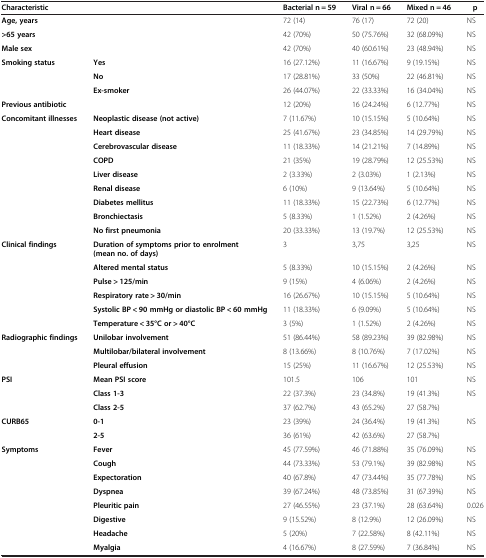
<table><thead><tr><td><b>Characteristic</b></td><td><b> </b></td><td><b>Bacterial n = 59</b></td><td><b>Viral n = 66</b></td><td><b>Mixed n = 46</b></td><td><b>p</b></td></tr></thead><tbody><tr><td><b>Age, years</b></td><td> </td><td>72 (14)</td><td>76 (17)</td><td>72 (20)</td><td>NS</td></tr><tr><td><b>&gt;65 years</b></td><td> </td><td>42 (70%)</td><td>50 (75.76%)</td><td>32 (68.09%)</td><td>NS</td></tr><tr><td><b>Male sex</b></td><td> </td><td>42 (70%)</td><td>40 (60.61%)</td><td>23 (48.94%)</td><td>NS</td></tr><tr><td><b>Smoking status</b></td><td><b>Yes</b></td><td>16 (27.12%)</td><td>11 (16.67%)</td><td>9 (19.15%)</td><td>NS</td></tr><tr><td> </td><td><b>No</b></td><td>17 (28.81%)</td><td>33 (50%)</td><td>22 (46.81%)</td><td>NS</td></tr><tr><td> </td><td><b>Ex-smoker</b></td><td>26 (44.07%)</td><td>22 (33.33%)</td><td>16 (34.04%)</td><td>NS</td></tr><tr><td><b>Previous antibiotic</b></td><td> </td><td>12 (20%)</td><td>16 (24.24%)</td><td>6 (12.77%)</td><td>NS</td></tr><tr><td><b>Concomitant illnesses</b></td><td><b>Neoplastic disease (not active)</b></td><td>7 (11.67%)</td><td>10 (15.15%)</td><td>5 (10.64%)</td><td>NS</td></tr><tr><td> </td><td><b>Heart disease</b></td><td>25 (41.67%)</td><td>23 (34.85%)</td><td>14 (29.79%)</td><td>NS</td></tr><tr><td> </td><td><b>Cerebrovascular disease</b></td><td>11 (18.33%)</td><td>14 (21.21%)</td><td>7 (14.89%)</td><td>NS</td></tr><tr><td> </td><td><b>COPD</b></td><td>21 (35%)</td><td>19 (28.79%)</td><td>12 (25.53%)</td><td>NS</td></tr><tr><td> </td><td><b>Liver disease</b></td><td>2 (3.33%)</td><td>2 (3.03%)</td><td>1 (2.13%)</td><td>NS</td></tr><tr><td> </td><td><b>Renal disease</b></td><td>6 (10%)</td><td>9 (13.64%)</td><td>5 (10.64%)</td><td>NS</td></tr><tr><td> </td><td><b>Diabetes mellitus</b></td><td>11 (18.33%)</td><td>15 (22.73%)</td><td>6 (12.77%)</td><td>NS</td></tr><tr><td> </td><td><b>Bronchiectasis</b></td><td>5 (8.33%)</td><td>1 (1.52%)</td><td>2 (4.26%)</td><td>NS</td></tr><tr><td> </td><td><b>No first pneumonia</b></td><td>20 (33.33%)</td><td>13 (19.7%)</td><td>12 (25.53%)</td><td>NS</td></tr><tr><td><b>Clinical findings</b></td><td><b>Duration of symptoms prior to enrolment (mean no. of days)</b></td><td>3</td><td>3,75</td><td>3,25</td><td>NS</td></tr><tr><td> </td><td><b>Altered mental status</b></td><td>5 (8.33%)</td><td>10 (15.15%)</td><td>2 (4.26%)</td><td>NS</td></tr><tr><td> </td><td><b>Pulse &gt; 125/min</b></td><td>9 (15%)</td><td>4 (6.06%)</td><td>2 (4.26%)</td><td>NS</td></tr><tr><td> </td><td><b>Respiratory rate &gt; 30/min</b></td><td>16 (26.67%)</td><td>10 (15.15%)</td><td>5 (10.64%)</td><td>NS</td></tr><tr><td> </td><td><b>Systolic BP &lt; 90 mmHg or diastolic BP &lt; 60 mmHg</b></td><td>11 (18.33%)</td><td>6 (9.09%)</td><td>5 (10.64%)</td><td>NS</td></tr><tr><td> </td><td><b>Temperature &lt; 35°C or &gt; 40°C</b></td><td>3 (5%)</td><td>1 (1.52%)</td><td>2 (4.26%)</td><td>NS</td></tr><tr><td><b>Radiographic findings</b></td><td><b>Unilobar involvement</b></td><td>51 (86.44%)</td><td>58 (89.23%)</td><td>39 (82.98%)</td><td>NS</td></tr><tr><td> </td><td><b>Multilobar/bilateral involvement</b></td><td>8 (13.66%)</td><td>8 (10.76%)</td><td>7 (17.02%)</td><td>NS</td></tr><tr><td> </td><td><b>Pleural effusion</b></td><td>15 (25%)</td><td>11 (16.67%)</td><td>12 (25.53%)</td><td>NS</td></tr><tr><td><b>PSI</b></td><td><b>Mean PSI score</b></td><td>101.5</td><td>106</td><td>101</td><td>NS</td></tr><tr><td> </td><td><b>Class 1-3</b></td><td>22 (37.3%)</td><td>23 (34.8%)</td><td>19 (41.3%)</td><td>NS</td></tr><tr><td> </td><td><b>Class 2-5</b></td><td>37 (62.7%)</td><td>43 (65.2%)</td><td>27 (58.7%)</td><td> </td></tr><tr><td><b>CURB65</b></td><td><b>0-1</b></td><td>23 (39%)</td><td>24 (36.4%)</td><td>19 (41.3%)</td><td>NS</td></tr><tr><td> </td><td><b>2-5</b></td><td>36 (61%)</td><td>42 (63.6%)</td><td>27 (58.7%)</td><td> </td></tr><tr><td><b>Symptoms</b></td><td><b>Fever</b></td><td>45 (77.59%)</td><td>46 (71.88%)</td><td>35 (76.09%)</td><td>NS</td></tr><tr><td> </td><td><b>Cough</b></td><td>44 (73.33%)</td><td>53 (79.1%)</td><td>39 (82.98%)</td><td>NS</td></tr><tr><td> </td><td><b>Expectoration</b></td><td>40 (67.8%)</td><td>47 (73.44%)</td><td>35 (77.78%)</td><td>NS</td></tr><tr><td> </td><td><b>Dyspnea</b></td><td>39 (67.24%)</td><td>48 (73.85%)</td><td>31 (67.39%)</td><td>NS</td></tr><tr><td> </td><td><b>Pleuritic pain</b></td><td>27 (46.55%)</td><td>23 (37.1%)</td><td>28 (63.64%)</td><td>0.026</td></tr><tr><td> </td><td><b>Digestive</b></td><td>9 (15.52%)</td><td>8 (12.9%)</td><td>12 (26.09%)</td><td>NS</td></tr><tr><td> </td><td><b>Headache</b></td><td>5 (20%)</td><td>7 (22.58%)</td><td>8 (42.11%)</td><td>NS</td></tr><tr><td> </td><td><b>Myalgia</b></td><td>4 (16.67%)</td><td>8 (27.59%)</td><td>7 (36.84%)</td><td>NS</td></tr></tbody></table>